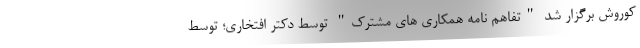
کوروش برگزار شد "تفاهم نامه همکاری های مشترک" توسط دکتر افتخاری؛ توسط